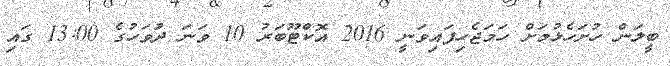
ބީލަން ހުށަހެޅުމަށް ހަމަޖެހިފައިވަނީ 2016 އޮކްޓޫބަރު 10 ވަނަ ދުަވަހުގެ 13:00 ގައި